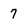
Character: 7